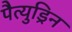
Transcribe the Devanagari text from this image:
पैत्युड्रिन